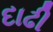
દાઢી